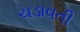
ચડાવતી